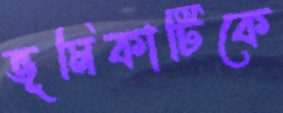
ভূমিকাটিকে